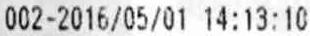
002-2016/05/01 14:13:10